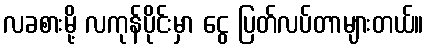
လခစားမို့ လကုန်ပိုင်းမှာ ငွေ ပြတ်လပ်တာများတယ်။